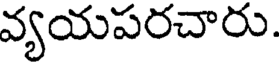
వ్యయపరచారు.